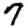
Digit: 7